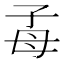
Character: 𣫮